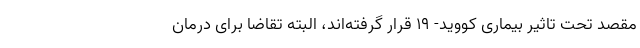
مقصد تحت تاثیر بیماری کووید- ۱۹ قرار گرفته‌اند، البته تقاضا برای درمان